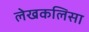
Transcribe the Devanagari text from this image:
लेखकलिसा